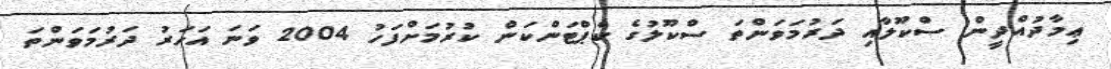
ޢިމާދުއްދީން ސްކޫލާއި ދަރުމަވަންތަ ސްކޫލުގެ ކެޕްޓަންކަން ކުރުމަށްފަހު 2004 ވަނަ އަހަރު ދަރުމަވަންތަ